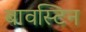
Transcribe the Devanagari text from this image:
बावस्टिन